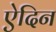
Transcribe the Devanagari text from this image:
ऐदिन